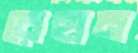
রেহান